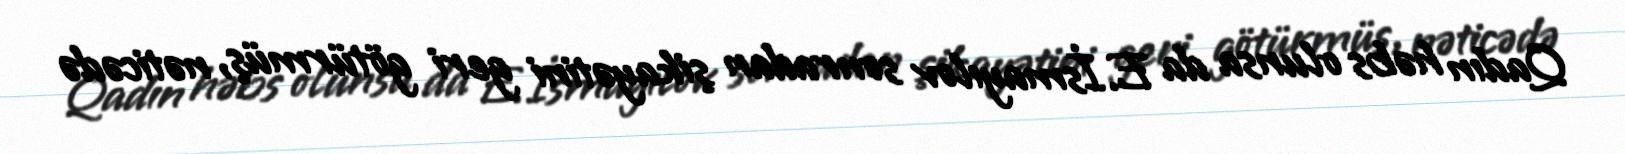
Qadın həbs olunsa da E.İsmayılov sonradan şikayətini geri götürmüş, nəticədə